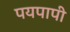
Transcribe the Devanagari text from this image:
पयपापी